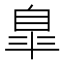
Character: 臯